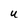
Character: U